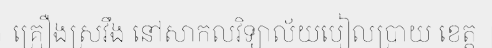
គ្រឿងស្រវឹង នៅសាកលវិទ្យាល័យបៀលប្រាយ ខេត្ត